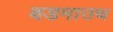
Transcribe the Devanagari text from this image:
बडमाउथ